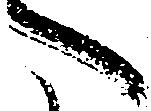
へ